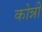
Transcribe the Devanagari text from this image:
कोन्नी